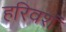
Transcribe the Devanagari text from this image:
हरिवशं